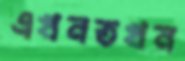
এখনতখন